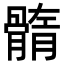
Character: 䯝